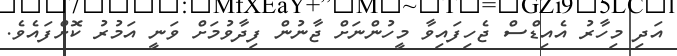
އަދި މިހާރު އެއިޑްސް ޖެހިފައިވާ މީހުންނަށް ޖާނުން ފިދާވުމަށް ވަނީ އަމުރު ކޮށްފައެވެ.